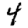
Digit: 4